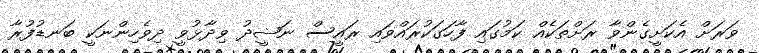
ވަރަށް އެކަށީގެންވާ ރަށްތަކެއް ކަމުގައި ފާހަގަކުރައްވައި ރައީސް ނަޝީދު ވިދާޅުވީ ދިވެހިންނަކީ ބަނޑުފުރާ